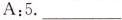
A:5.___